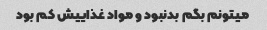
میتونم بگم بدنبود و مواد غذاییش کم بود